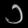
Digit: ၁